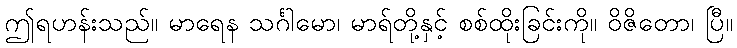
ဤရဟန်းသည်။ မာရေန သင်္ဂါမော၊ မာရ်တို့နှင့် စစ်ထိုးခြင်းကို။ ဝိဇိတော၊ ပြီ။